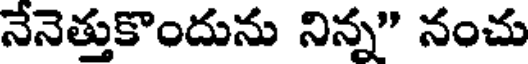
నేనెత్తుకొందును నిన్న" నంచు